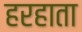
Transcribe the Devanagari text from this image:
हरहाता